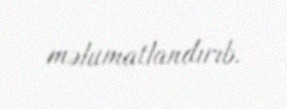
məlumatlandırıb.